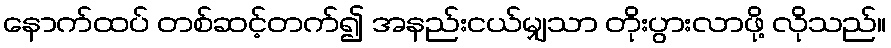
နောက်ထပ် တစ်ဆင့်တက်၍ အနည်းငယ်မျှသာ တိုးပွားလာဖို့ လိုသည်။